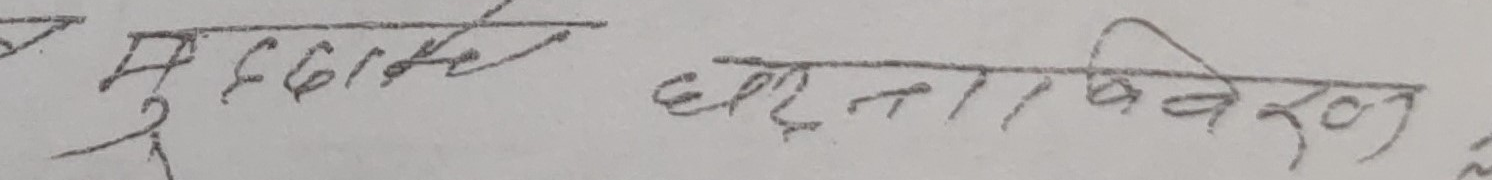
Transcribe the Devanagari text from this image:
मुद्धाको धरौटी विवरण